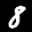
Label: 8